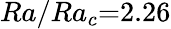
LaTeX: Ra/Ra_{c}{=}2.26